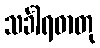
သင်္ခါရဓာတု